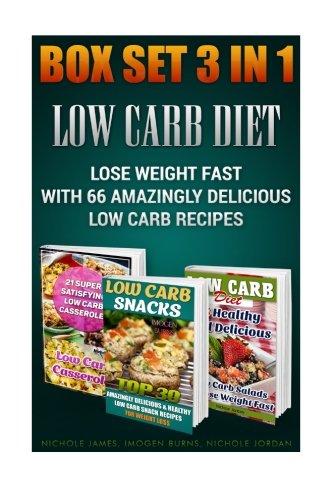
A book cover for Low Carb Diet Box Set 3 IN 1: Lose Weight Fast With 66 Low Carb Recipes: (low carbohydrate, high protein, low carbohydrate foods, low carb, low carb ... Ketogenic Diet to Overcome Belly Fat); Nichole James; Cookbooks, Food & Wine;